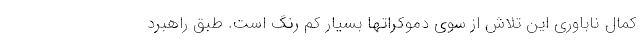
کمال ناباوری این تلاش از سوی دموکراتها بسیار کم رنگ است. طبق راهبرد